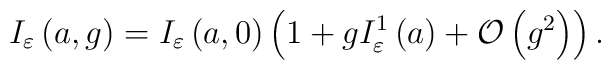
I_{\varepsilon }\left( a,g\right) =I_{\varepsilon }\left( a,0\right) \left(1+gI_{\varepsilon }^{1}\left( a\right) +{\cal O}\left( g^{2}\right) \right) .